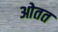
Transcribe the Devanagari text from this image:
ओतत